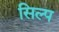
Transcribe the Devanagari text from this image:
सिल्प